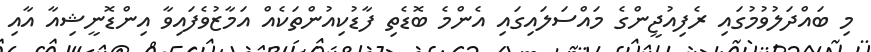
މި ބައްދަލުވުމުގައި ރެފިއުޖީންގެ މައްސަލައިގައި އެންމެ ބޮޑެތި ފާޑުކިއުންތަކެއް އަމާޒުވެފައިވާ އިންޑޮނީޝިއާ އާއި